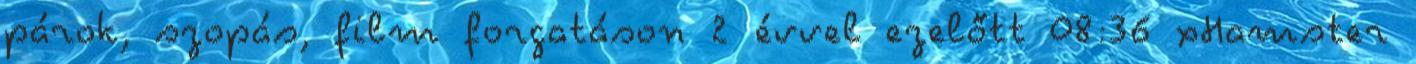
párok, szopás, film forgatáson 2 évvel ezelőtt 08:36 xHamster